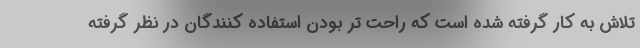
تلاش به کار گرفته شده است که راحت تر بودن استفاده کنندگان در نظر گرفته